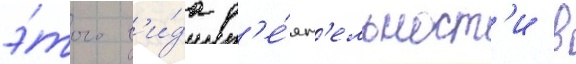
э́того в'и́да д'е́ят'ельност'и в